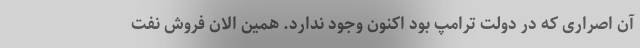
آن اصراری که در دولت ترامپ بود اکنون وجود ندارد. همین الان فروش نفت